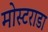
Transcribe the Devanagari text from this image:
मोस्टराडा